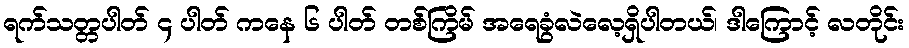
ရက်သတ္တပါတ် ၄ ပါတ် ကနေ ၆ ပါတ် တစ်ကြိမ် အရေခွံလဲလေ့ရှိပါတယ်၊ ဒါကြောင့် လတိုင်း